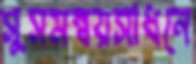
সুসমন্বয়সাধনে